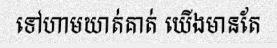
ទៅហាមឃាត់គាត់ យើងមានតែ